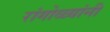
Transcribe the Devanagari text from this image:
रांगोळ्यांनी